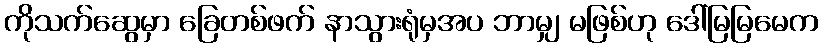
ကိုသက်ဆွေမှာ ခြေတစ်ဖက် နာသွားရုံမှအပ ဘာမျှ မဖြစ်ဟု ဒေါ်မြမြမေက